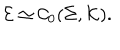
LaTeX: \mathcal E \simeq { \mathcal C } _ { 0 } ( \Sigma , \mathcal K ) .